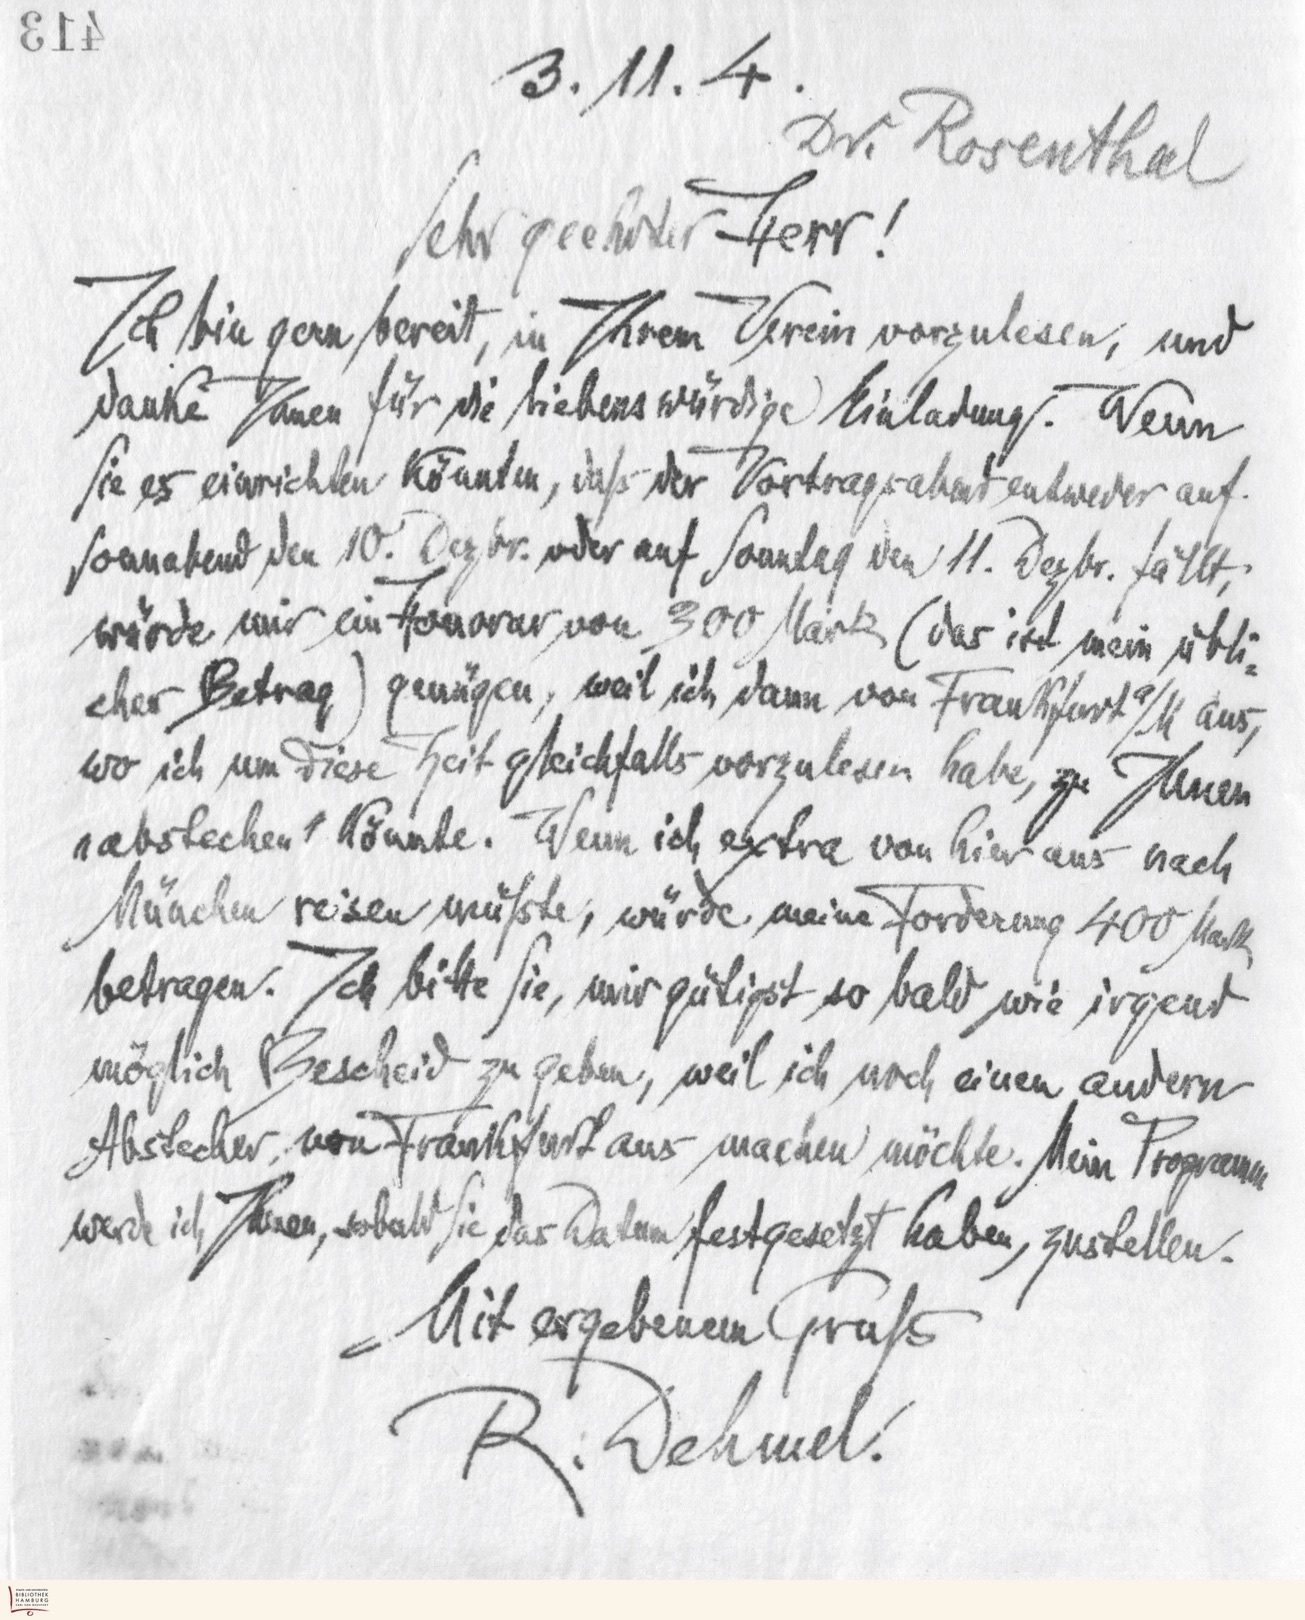
413

3.11.4.
Dr. Rosenthal
Sehr geehrter Herr!
Ich bin gern bereit, in Ihrem Verein vorzulesen, und
danke Ihnen für die liebenswürdige Einladung. Wenn
Sie es einrichten könnten, daß der Vortragsabend entweder auf
Sonnabend den 10. Dezbr. oder auf Sonntag den 11. Dezbr. fällt,
würde mir ein Honorar von 300 Mark (das ist mein übli-
cher Betrag) genügen, weil ich dann von Franfurt a/M aus,
wo ich um diese Zeit gleichfalls vorzulesen habe, zu Ihnen
„abstechen‟ könnte. Wenn ich extra von hier aus nach
München reisen müßte, würde meine Forderung 400 Mark
betragen. Ich bitte Sie, mir gütigst so bald wie irgend
möglich Bescheid zu geben, weil ich noch einen andern
Abstecher von Frankfurt aus machen möchte. Mein Programm
werde ich Ihnen, sobald Sie das Datum festgesetzt haben, zustellen.
Mit ergebenem Gruß
R. Dehmel.